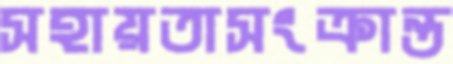
সহায়তাসংক্রান্ত